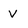
Character: V